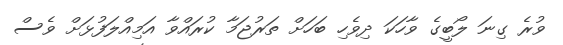
ވުރެ ގިނަ ލޯބީގެ ވާހަކަ ދިވެހި ބަހަށް ތަރުޖަމާ ކުުރައްވާ އަމިއްލަފުޅަށް ވެސް